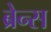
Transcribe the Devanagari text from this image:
ब्रेन्स